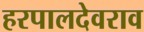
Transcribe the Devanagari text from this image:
हरपालदेवराव